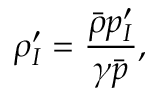
{ \rho } _ { I } ^ { \prime } = \frac { \bar { \rho } p _ { I } ^ { \prime } } { \gamma \bar { p } } ,